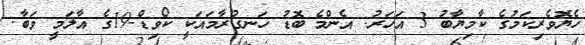
ހެޔޮވެރިކަމުގެ ކާމިޔާބު 3 އަހަރު: އެންމެ ބޮޑު ހަނގުރާމައަކީ ކޯވިޑް-19ގެ އާލަމީ ވަބާ.